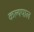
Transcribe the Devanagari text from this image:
कल्यपाल